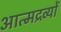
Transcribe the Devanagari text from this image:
आत्मद्रव्यों